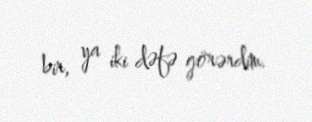
bir, ya iki dəfə görərdim.